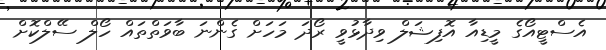
އެސްޓީއޯގެ މީޑިއާ އޮފިޝަލް ވިދާޅުވީ ރޯދަ މަހަށް ގެންނަ ބާވަތްތައް ހޯލް ސޭލްކޮށް